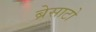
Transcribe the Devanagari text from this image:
ब्रेसाटो